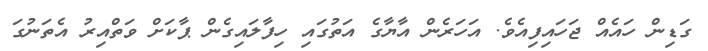
ގަޑިން ހައެއް ޖަހައިފިއެވެ. އަހަރެން އާޔާގެ އަތުގައި ހިފާލައިގެން ޕާކަށް ވަތްއިރު އެތަނުގަ